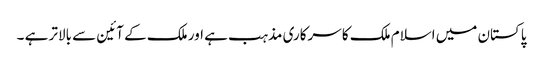
پاکستان میں اسلام ملک کا سرکاری مذہب ہے اور ملک کے آئین سے بالاتر ہے ۔